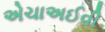
એચાઅઈવી